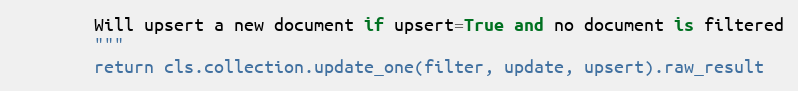
Language: Python
        Will upsert a new document if upsert=True and no document is filtered
        """
        return cls.collection.update_one(filter, update, upsert).raw_result